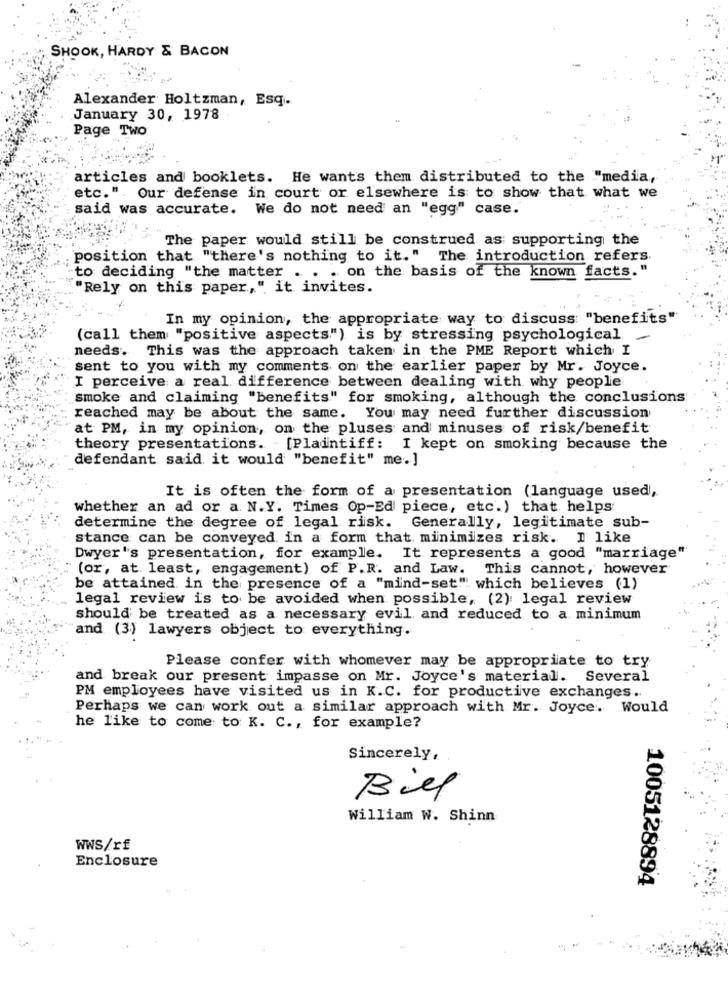
SHOOK, HARDY & BACON
Alexander Holtzman, Esq.
January 30, 1978
Page Two
articles and booklets. He wants them distributed to the "media,
etc.". Our defense in court or elsewhere is to show that what we
said was accurate. We do not need an "egg" case.
The paper would still be construed as supporting the
position that "there's nothing to it." The introduction refers
to deciding "the matter . . . on the basis of the known facts."
"Rely on this paper," it invites.
In my opinion, the appropriate way to discuss: "benefits"
(call them "positive aspects.") is by stressing psychological -
needs. This was the approach taken in the PME Report which I
sent to you with my comments on the earlier paper by Mr. Joyce.
I perceive a real difference between dealing with why people
smoke and claiming "benefits" for smoking, although the conclusions
reached may be about the same. You may need further discussion
at PM, in my opinion, on the pluses and minuses of risk/benefit
theory presentations. - [Plaintiff: I kept on smoking because the
defendant said it would "benefit" me.]
It is often the form of a presentation (language used),
whether an ad or a. N.Y. Times Op-Ed piece, etc.) that helps
determine the degree of legal risk. Generally, legitimate sub-
stance can be conveyed in a form that minimizes risk. I like
Dwyer's presentation, for example.
It represents a good "marriage"
(or, at least, engagement) of P.R. and Law. This cannot, however
be attained in the presence of a "mind-set" which believes (1)
legal review is to be avoided when possible, (2): legal review
should be treated as a necessary evil and reduced to a minimum
and (3) lawyers object to everything.
Please confer with whomever may be appropriate to try
and break our present impasse on Mr. Joyce's material. Several
PM employees have visited us in K.C. for productive exchanges ..
Perhaps we can work out a similar approach with Mr. Joyce. Would
he like to come to K. C ., for example?
Sincerely,
Biel
William W. Shinn
WWS/rf
Enclosure
1005128894